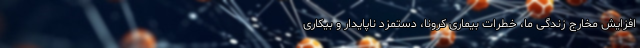
افزایش مخارج زندگی ما، خطرات بیماری کرونا، دستمزد ناپایدار و بیکاری